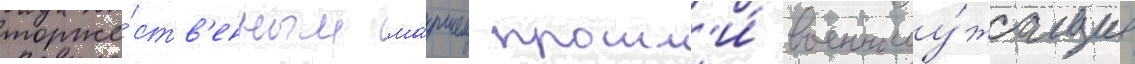
торже́ств'енным ма́ршем прошл'и́ военнослу́жащие